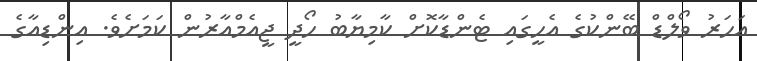
އަހަރު ވޯލްޑް ބޭންކުގެ އެހީގައި ޓެންޑާކޮށް ކާމިޔާބު ހޯދީ ޖީއެމްއާރުން ކަމަށެވެ. އިންޑިއާގެ